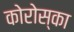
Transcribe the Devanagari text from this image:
कोरोस्का